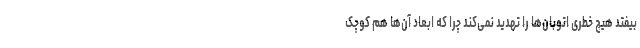
بیفتد هیچ خطری اتوبان‌ها را تهدید نمی‌کند چرا که ابعاد آن‌ها هم کوچک